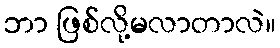
ဘာ ဖြစ်လို့မလာတာလဲ။